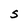
Character: s